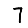
Digit: 7